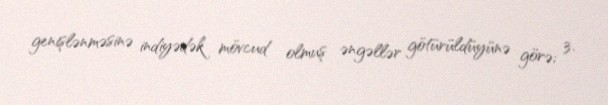
genişlənməsinə indiyədək mövcud olmuş əngəllər götürüldüyünə görə; 3.